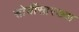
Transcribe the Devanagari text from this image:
सोयींसारख्या